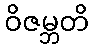
ဝိဇမ္ဘတိ